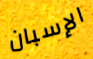
الإسبان